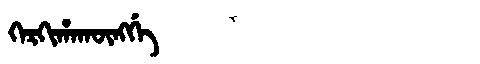
Manchu: ᡴᡝᡵᡴᡳᡥᠠᡴᡡᠩᡤᡝ
Romanization: KERKIHAKŪNGGE